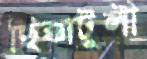
ছিক্কাটুলী